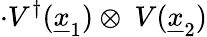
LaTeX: \cdot V^{\dagger}({\underline{{x}}}_{1})\otimes\ V({\underline{{x}}}_{2})